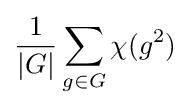
{1 \over |G|}\sum _{g\in G}\chi (g^{2})